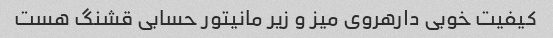
کیفیت خوبی دارهروی میز و زیر مانیتور حسابی قشنگ هست